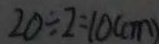
2 0 \div 2 = 1 0 ( c m )